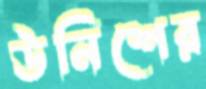
উনিশের